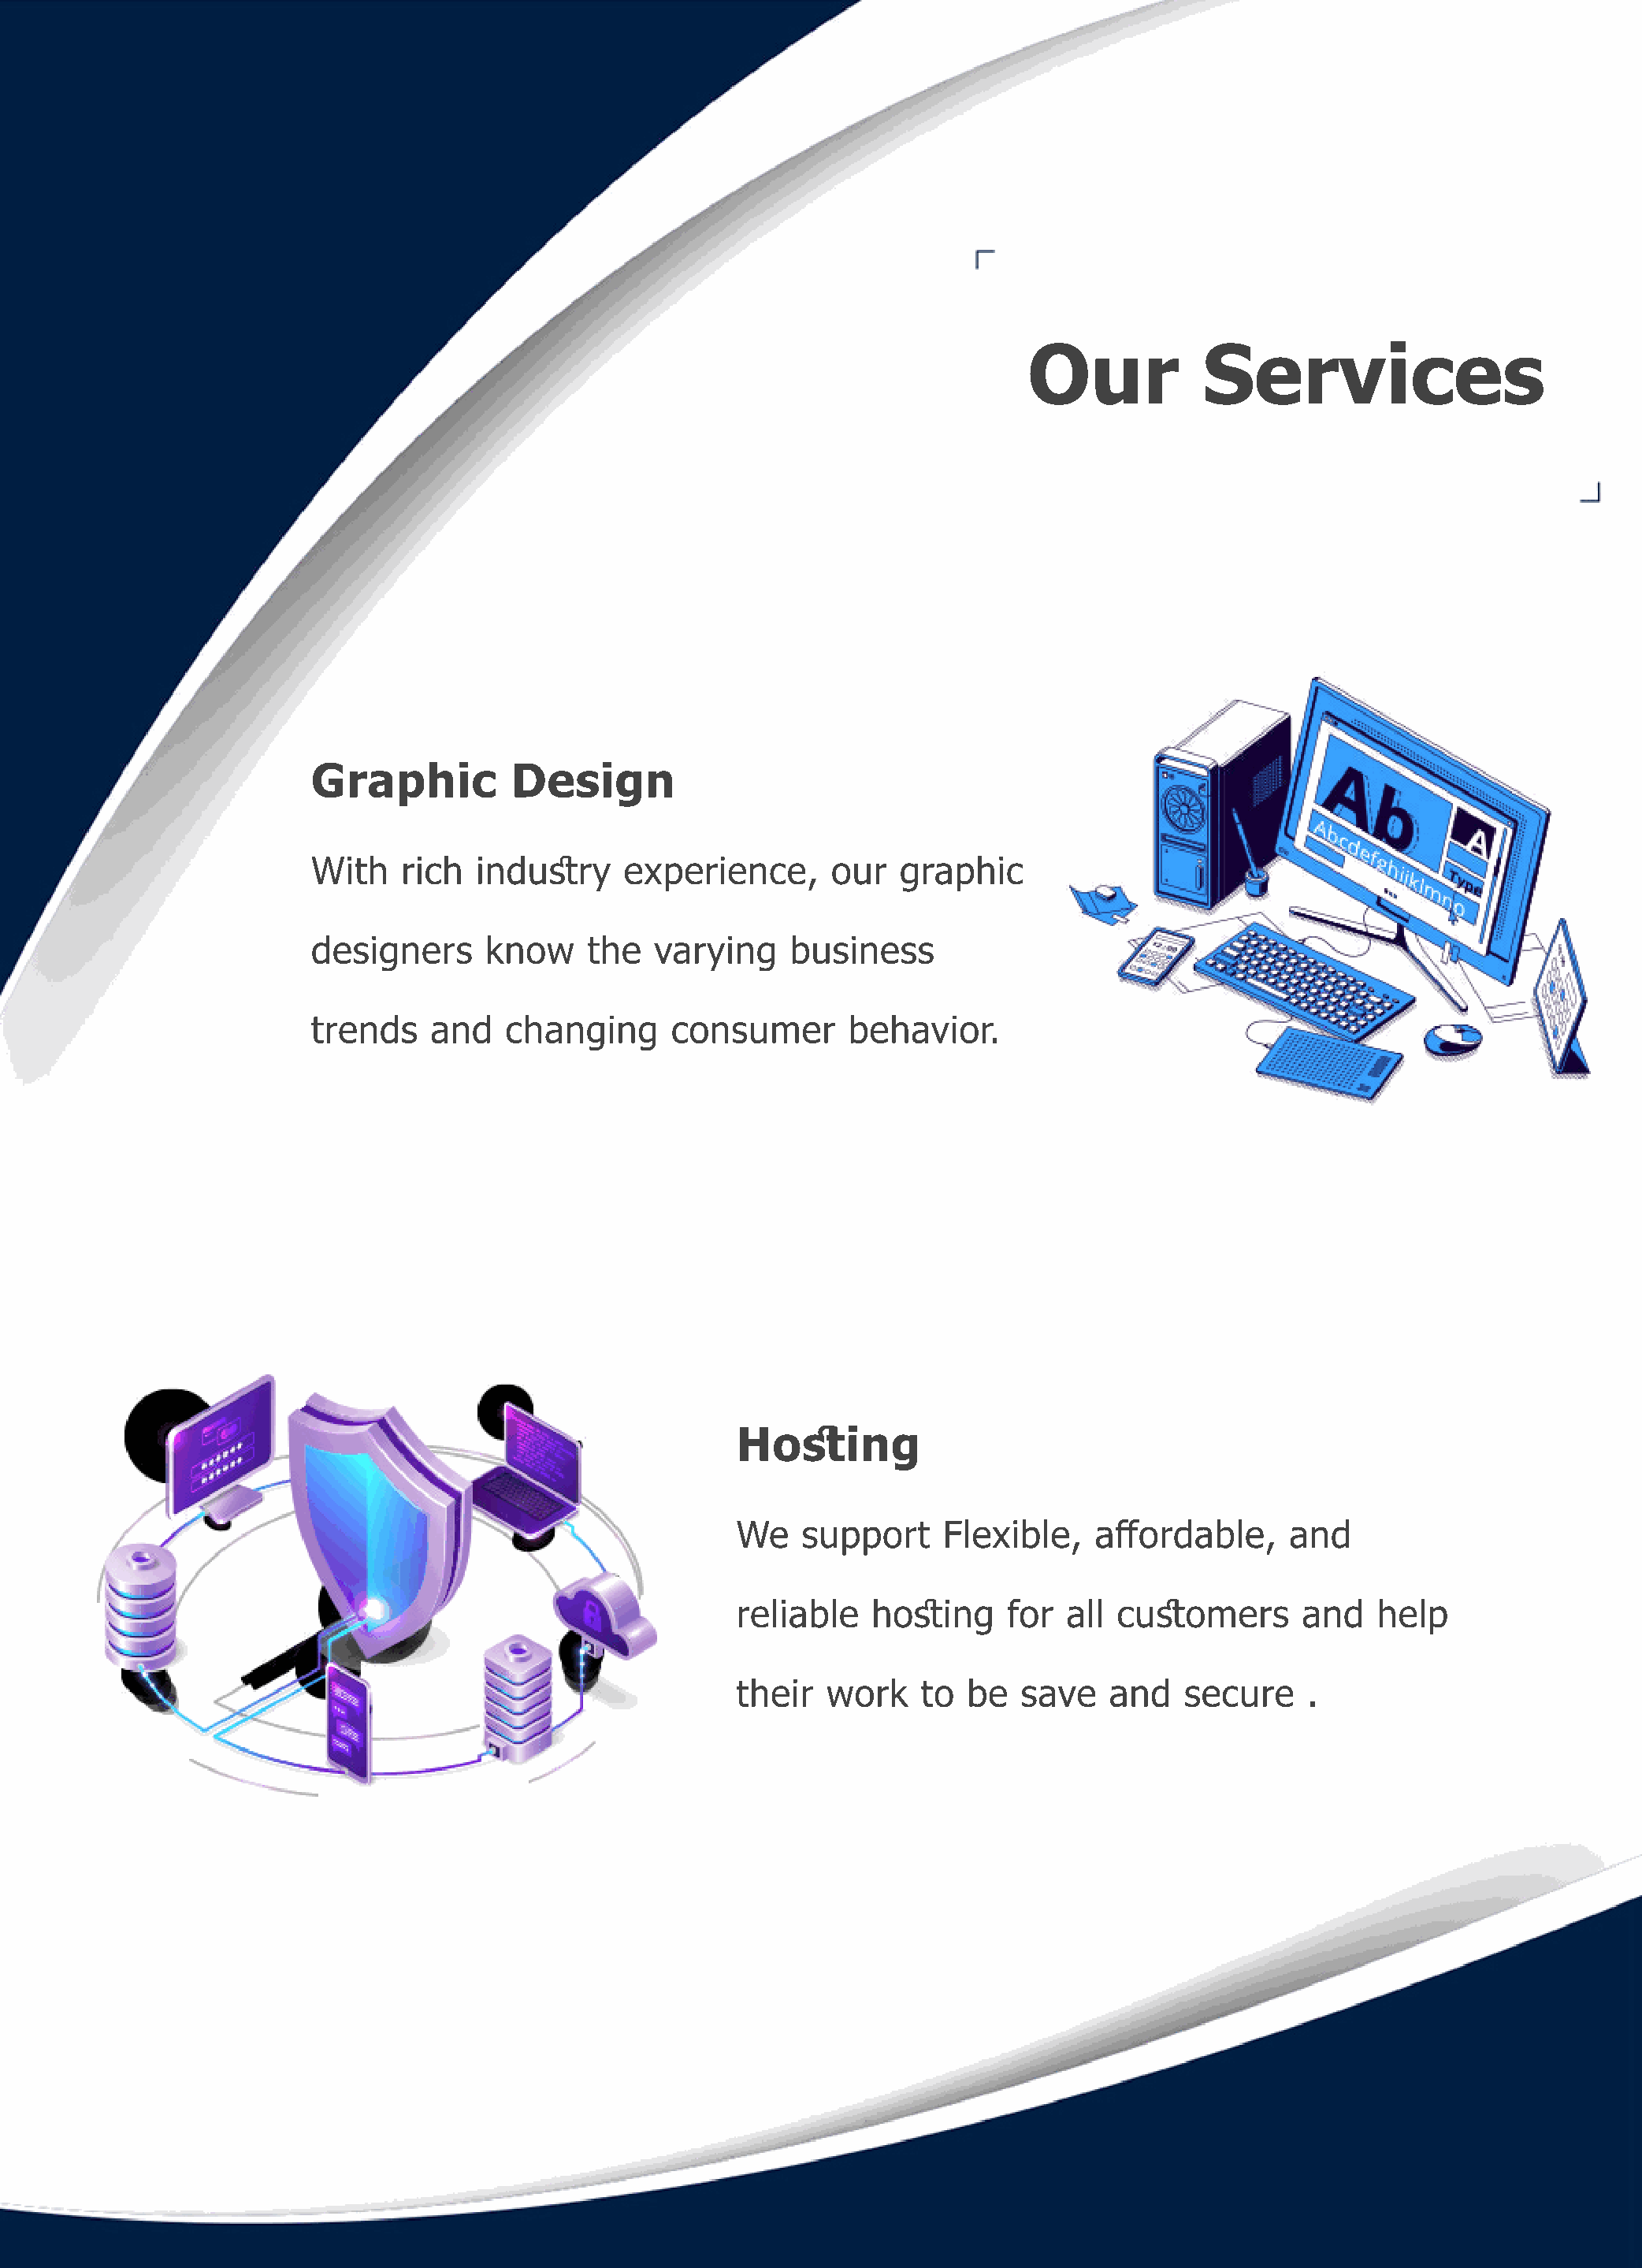
Our            Services
 Graphic          Design
 With    rich  industry    experience,       our   graphic
 designers      know    the   varying    business
 trends    and   changing      consumer       behavior.
 Hosting
 We   support     Flexible,    affordable,     and
 reliable   hosting     for  all customers      and    help
 their  work    to  be   save   and   secure     .